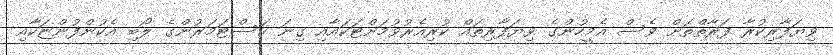
ވިޔަފާރިކުރާ ފަރާތްތަށް ވެސް އެމީހުންގެ ވިޔަފާރިތައް ކުރިއެރުވުމަށްޓަކައާއި ގިނަ ކަސްޓަމަރުންގެ ލޯބި އެކުންފުންޏަކާއި